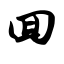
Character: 回